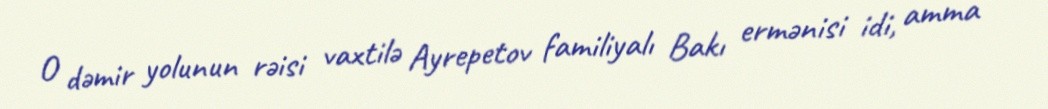
O dəmir yolunun rəisi vaxtilə Ayrepetov familiyalı Bakı ermənisi idi, amma